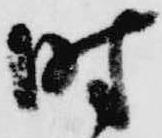
時